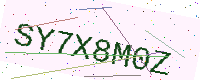
Text: SY7X8M0Z